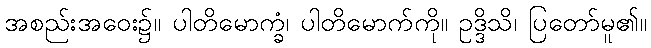
အစည်းအဝေး၌။ ပါတိမောက္ခံ၊ ပါတိမောက်ကို။ ဥဒ္ဒိသိ၊ ပြတော်မူ၏။